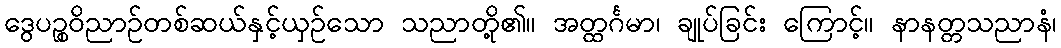
ဒွေပဉ္စဝိညာဉ်တစ်ဆယ်နှင့်ယှဉ်သော သညာတို့၏။ အတ္ထင်္ဂမာ၊ ချုပ်ခြင်း ကြောင့်။ နာနတ္တသညာနံ၊